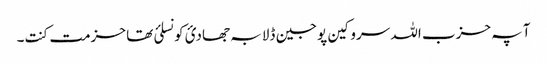
آ پہ حزب اللہ سروکین پوجین ڈلا بہ جھادئ کونسلئ تھا حزمت کنت۔